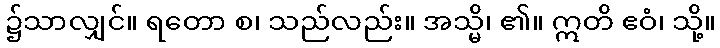
၌သာလျှင်။ ရတော စ၊ သည်လည်း။ အသ္မိ၊ ၏။ ဣတိ ဧဝံ၊ သို့။